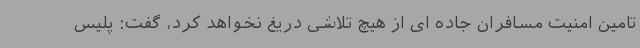
تامین امنیت مسافران جاده ای از هیچ تلاشی دریغ نخواهد کرد، گفت: پلیس